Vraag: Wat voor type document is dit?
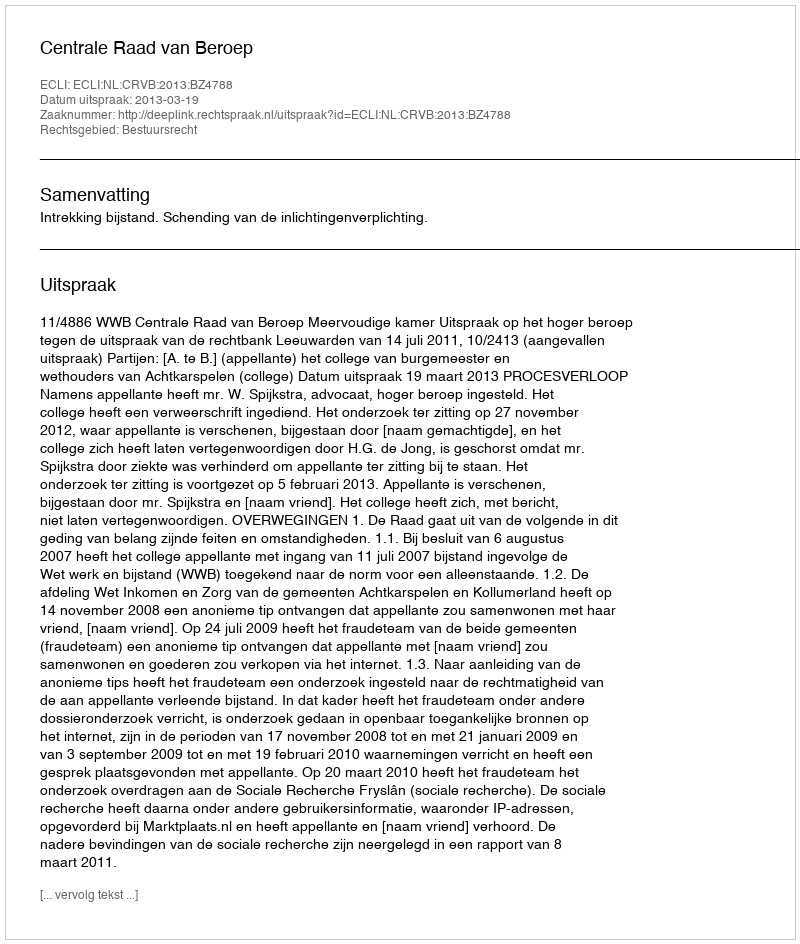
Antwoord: Uitspraak